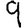
Digit: 9